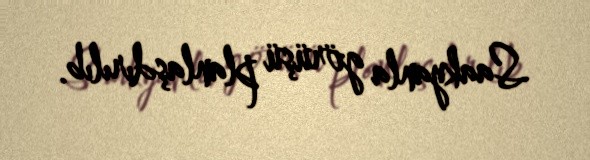
Saakyanla görüşü planlaşdırılıb.